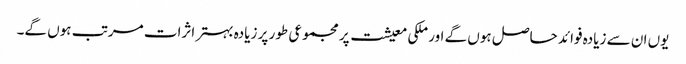
یوں ان سے زیادہ فوائد حاصل ہوں گے اور ملکی معیشت پر مجموعی طور پر زیادہ بہتر اثرات مرتب ہوں گے۔